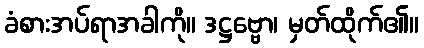
ခံစားအပ်ရာအခါကို။ ဒဋ္ဌဗ္ဗော၊ မှတ်ထိုက်၏။